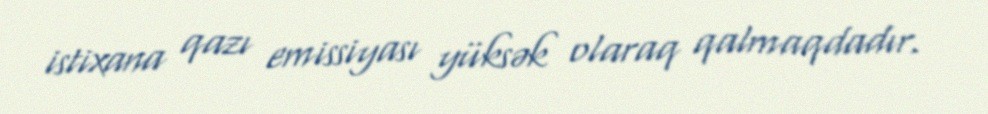
istixana qazı emissiyası yüksək olaraq qalmaqdadır.